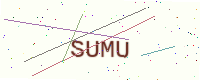
Text: SUMU